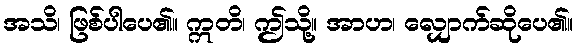
အသိ၊ ဖြစ်ပါပေ၏။ ဣတိ၊ ဤသို့။ အာဟ၊ လျှောက်ဆိုပေ၏။